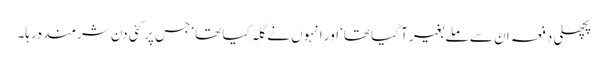
پچھلی دفعہ ان سے ملے بغیر آ گیا تھا‘ اور انہوں نے گلہ کیا تھا‘ جس پر کئی دن شرمندہ رہا۔